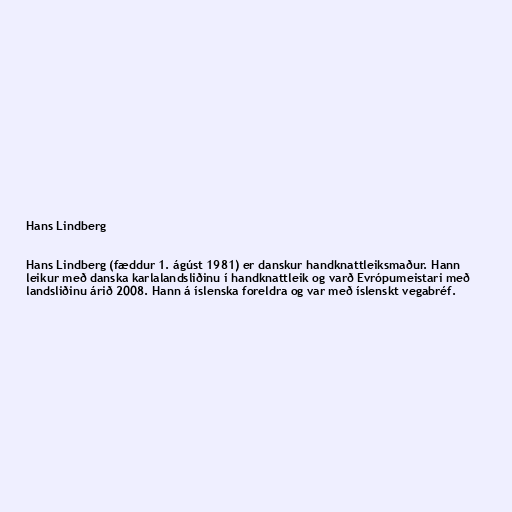
Hans Lindberg

Hans Lindberg (fæddur 1. ágúst 1981) er danskur handknattleiksmaður. Hann
leikur með danska karlalandsliðinu í handknattleik og varð Evrópumeistari með
landsliðinu árið 2008. Hann á íslenska foreldra og var með íslenskt vegabréf.